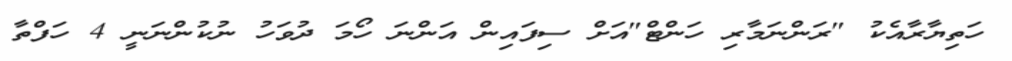
ހަތިޔާރާއެކު "ރަންނަމާރި ހަންޓް"އަށް ސިފައިން އަންނަ ހޯމަ ދުވަހު ނުކުންނަނީ 4 ހަފްތާ